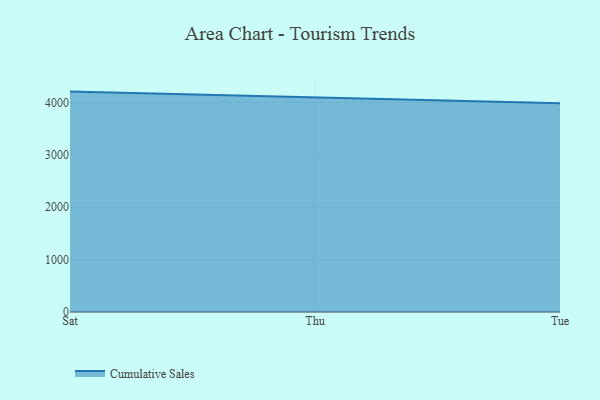
{"axis": {"x": "Day", "y": "Latency (ms)"}, "legend": ["Cumulative Sales"], "data": [{"x": "Sat", "y": 4208.3, "type": "Cumulative Sales"}, {"x": "Thu", "y": 4098.6, "type": "Cumulative Sales"}, {"x": "Tue", "y": 3985.6, "type": "Cumulative Sales"}]}